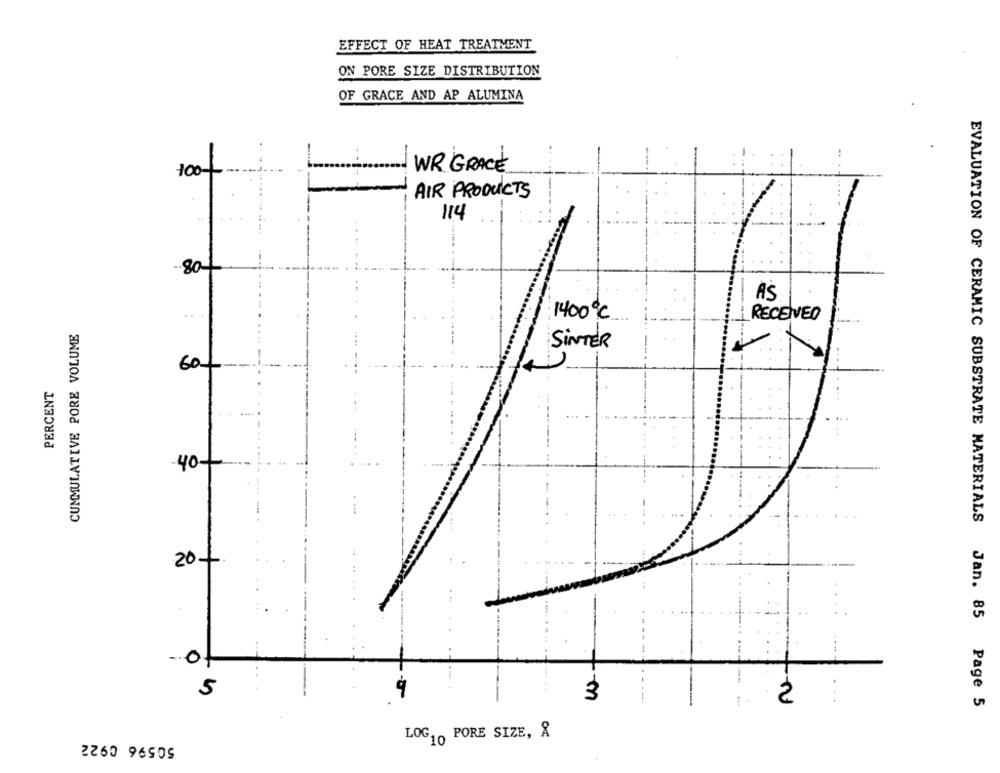
EFFECT OF HEAT TREATMENT
ON PORE SIZE DISTRIBUTION
OF GRACE AND AP ALUMINA
WR GRACE
100-
AIR PRODUCTS
114
-80-1
AS
1400℃
RECEIVED
CUMMULATIVE PORE VOLUME
SINTER
60
PERCENT
40-
20+
0
5
3
2
EVALUATION OF CERAMIC SUBSTRATE MATERIALS Jan. 85 Page 5
LOG10 PORE SIZE, &
2260 96505